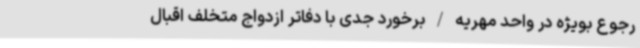
رجوع بویژه در واحد مهریه / برخورد جدی با دفاتر ازدواج متخلف اقبال